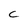
Character: C